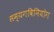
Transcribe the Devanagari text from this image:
सम्यगविनियोग